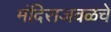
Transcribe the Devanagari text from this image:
मंदिराजवळचे